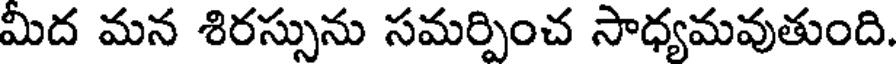
మీద మన శిరస్సును సమర్పించ సాధ్యమవుతుంది.